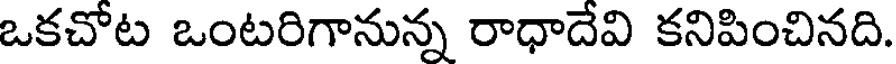
ఒకచోట ఒంటరిగానున్న రాధాదేవి కనిపించినది.